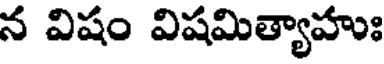
న విషం విషమిత్యాహుః